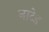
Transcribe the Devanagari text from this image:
नाटेड